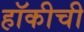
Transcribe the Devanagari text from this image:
हॉकीची